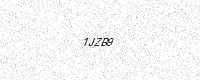
Text: 1JZB9